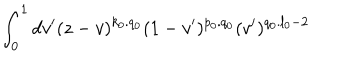
\int _ { 0 } ^ { 1 } d v ^ { \prime } ( z - v ) ^ { k _ { 0 } . q _ { 0 } } ( 1 - v ^ { \prime } ) ^ { p _ { 0 } . q _ { 0 } } ( v ^ { \prime } ) ^ { q _ { 0 } . l _ { 0 } - 2 }